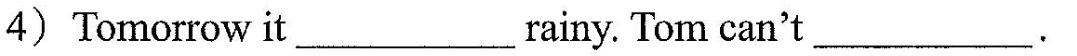
4) Tomorrow it ___ rainy. Tom can't ___ .